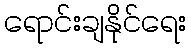
ရောင်းချနိုင်ရေး